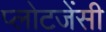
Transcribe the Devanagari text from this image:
प्लोटजेंसी